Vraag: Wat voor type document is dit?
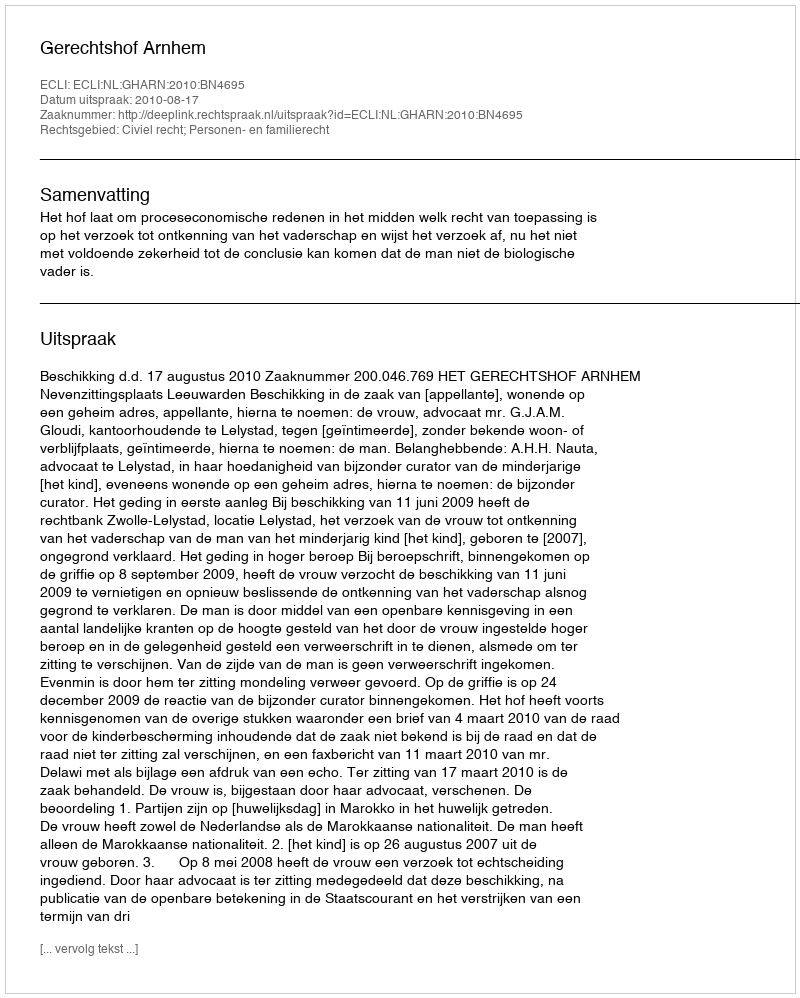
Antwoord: Uitspraak